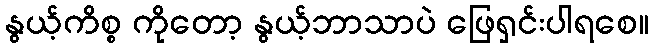
နွယ့်ကိစ္စ ကိုတော့ နွယ့်ဘာသာပဲ ဖြေရှင်းပါရစေ။